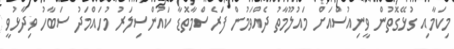
މިކަމާއި ގުޅޭގޮތުން ވީނިއުސްއަށް މައުލޫމާތު ދެއްވަމުން ފަރެސްމާތޮޑާ ކައުންސިލަރު މުހައްމަދު ސަބާހު ވިދާޅުވީ